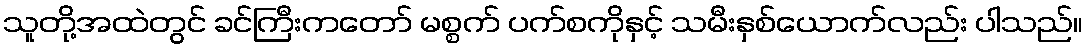
သူတို့အထဲတွင် ခင်ကြီးကတော် မစ္စက် ပက်စကိုနှင့် သမီးနှစ်ယောက်လည်း ပါသည်။